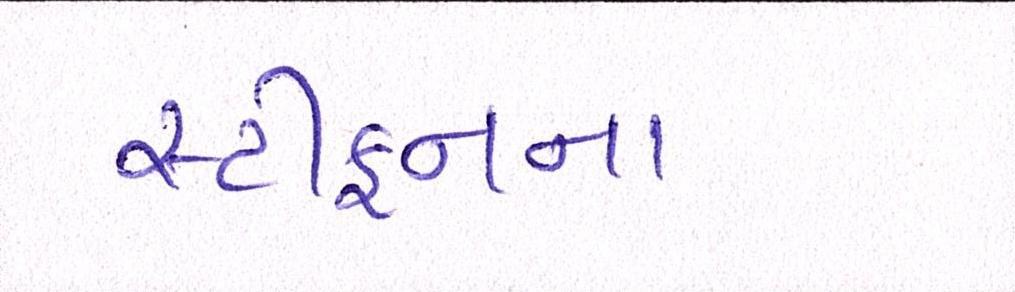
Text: સ્ટીફનના